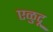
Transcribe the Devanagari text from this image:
एळुदू